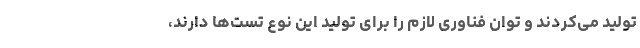
تولید می‌کردند و توان فناوری لازم را برای تولید این نوع تست‌ها دارند،